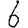
Digit: 6